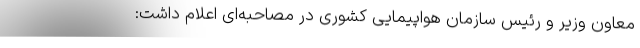
معاون وزیر و رئیس سازمان هواپیمایی کشوری در مصاحبه‌ای اعلام داشت: